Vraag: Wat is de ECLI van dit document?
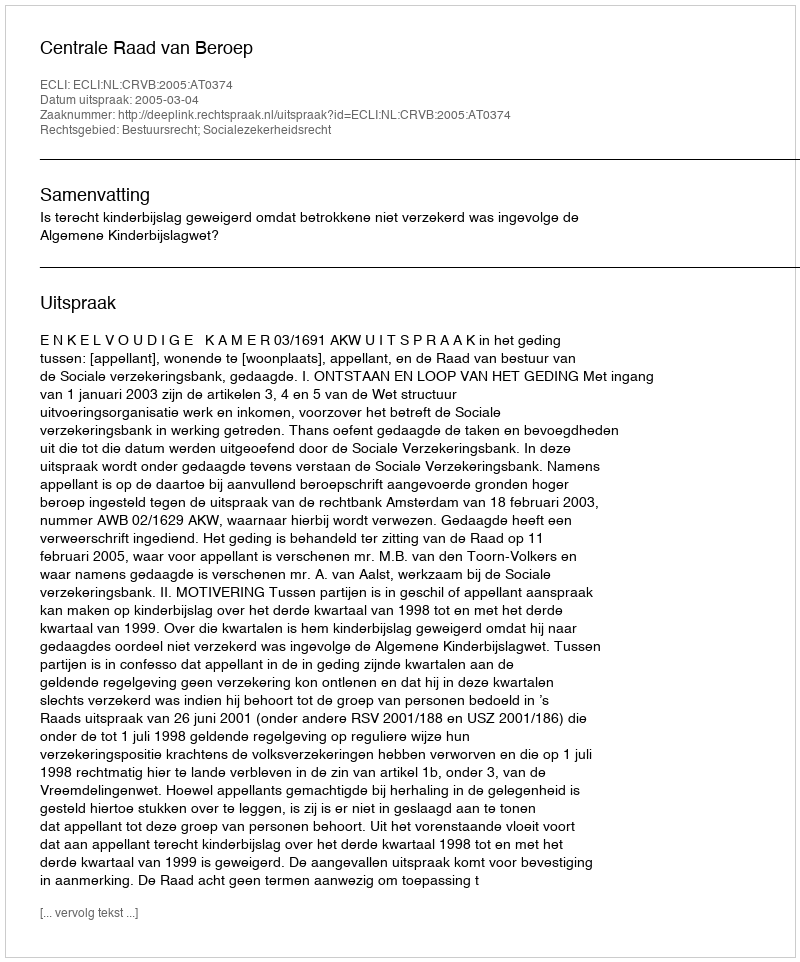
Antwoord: ECLI:NL:CRVB:2005:AT0374